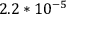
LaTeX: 2 . 2 * 1 0 ^ { - 5 }